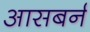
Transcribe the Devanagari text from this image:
आसबर्न